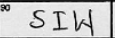
Transcription: SIW